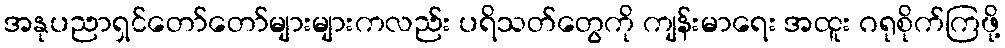
အနုပညာရှင်တော်တော်များများကလည်း ပရိသတ်တွေကို ကျန်းမာရေး အထူး ဂရုစိုက်ကြဖို့